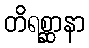
တိရစ္ဆာနာ